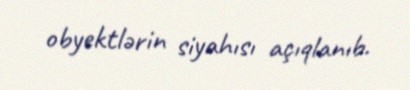
obyektlərin siyahısı açıqlanıb.